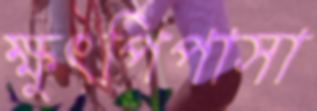
ক্ষুৎপিপাসা